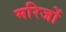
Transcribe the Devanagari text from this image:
मरिजों